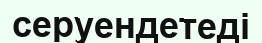
серуендетеді